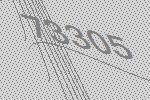
73305